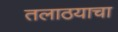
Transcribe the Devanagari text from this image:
तलाठयाचा